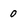
Character: 0